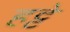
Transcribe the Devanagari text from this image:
हट्टे